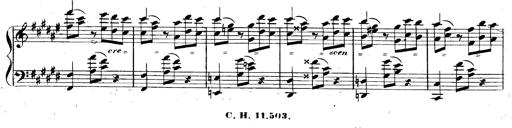
Title: 3 Caprices-Valses
Composer: Franz Liszt